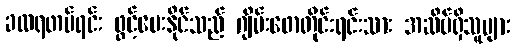
ခလရတပ်ရင်း ဖွင့်ပေးနိုင်သည် ဂျိမ်းဖောတိုင်းရင်းသား အဆိပ်ရှိသူများ